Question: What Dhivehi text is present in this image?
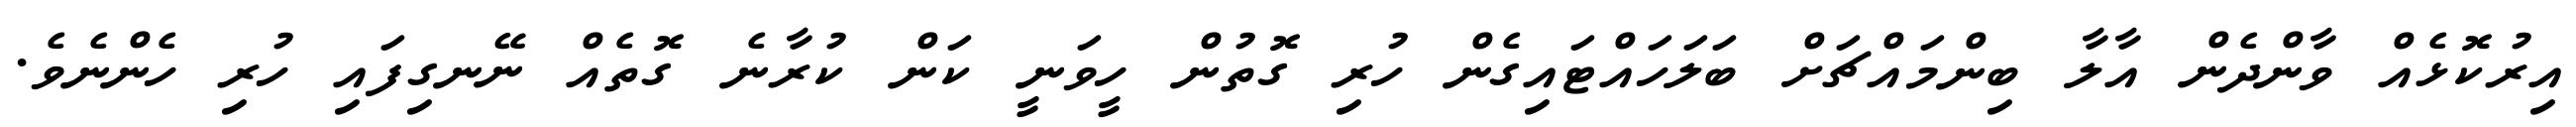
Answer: އިރުކޮޅެއް ވާންދެން އާލާ ބިންމައްޗަށް ބަލަހައްޓައިގެން ހުރި ގޮތުން ހީވަނީ ކަން ކުރާނެ ގޮތެއް ނޭނގިފައި ހުރި ހެންނެވެ.